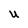
Character: U